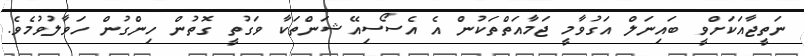
ނަތީޖާއަކަށްވީ ބައިނަލް އަގުވާމީ ޖަމާއަތްތަކުން އެ އެސޯސިއޭޝަންތަކާ ވަގުތީ ގޮތުން ހިންގުން ހަވާލުވުމެވެ.